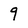
Character: 9